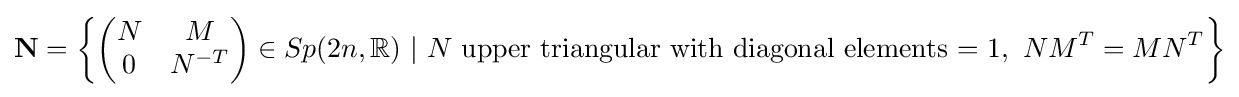
\mathbf {N} =\left\{{\begin{pmatrix}N&M\\0&N^{-T}\end{pmatrix}}\in Sp(2n,\mathbb {R} )\ |\ N{\text{ upper triangular with diagonal elements = 1}},\ NM^{T}=MN^{T}\right\}